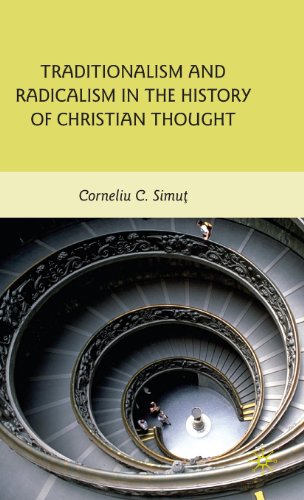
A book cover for Traditionalism and Radicalism in the History of Christian Thought; Corneliu C. Simut; Christian Books & Bibles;